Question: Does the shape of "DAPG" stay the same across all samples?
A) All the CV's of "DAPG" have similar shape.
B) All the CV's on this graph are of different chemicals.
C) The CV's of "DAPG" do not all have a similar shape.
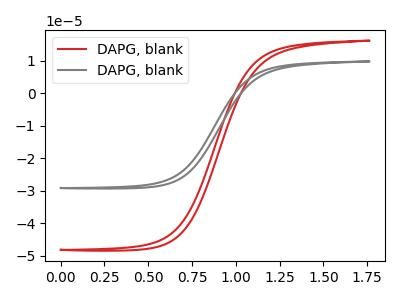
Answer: <think>The red curve "DAPG, blank1" has no peaks. The gray curve "DAPG, blank2" has no peaks.
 Neither "DAPG, blank1" or "DAPG, blank2" have any peaks.</think>
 <answer>A) All the CV's of "DAPG" have similar shape.</answer>
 <eval>A</eval>